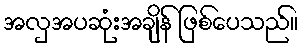
အလှအပဆုံးအချိန် ဖြစ်ပေသည်။